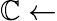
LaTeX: \mathbb{C}\gets